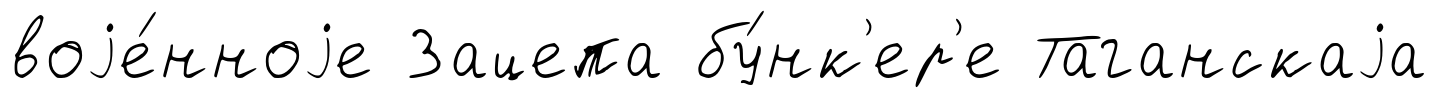
воjе́нноjе Зацепа бу́нк'ер'е Таганскаjа